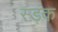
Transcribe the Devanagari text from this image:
स्ड़क